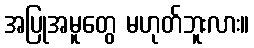
အပြုအမူတွေ မဟုတ်ဘူးလား။